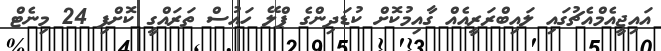
އައިޖީއެމްއެޗުގައި ލައިބްރަރީއެއް ގާއިމުކޮށް ކުޑަދިންގެ ޕްލޭ ހައުސް ތަރައްގީ ކޮށްފި 24 މިނެޓް